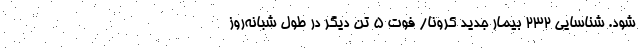
شود. شناسایی ۲۳۲ بیمار جدید کرونا/ فوت ۵ تن دیگر در طول شبانه‌روز